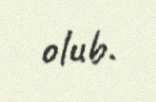
olub.